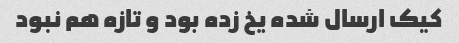
کیک ارسال شده یخ زده بود و تازه هم نبود